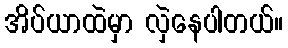
အိပ်ယာထဲမှာ လှဲနေပါတယ်။